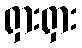
ရှားရှား